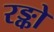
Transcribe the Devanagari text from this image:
रङ्को